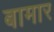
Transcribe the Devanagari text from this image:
बामार